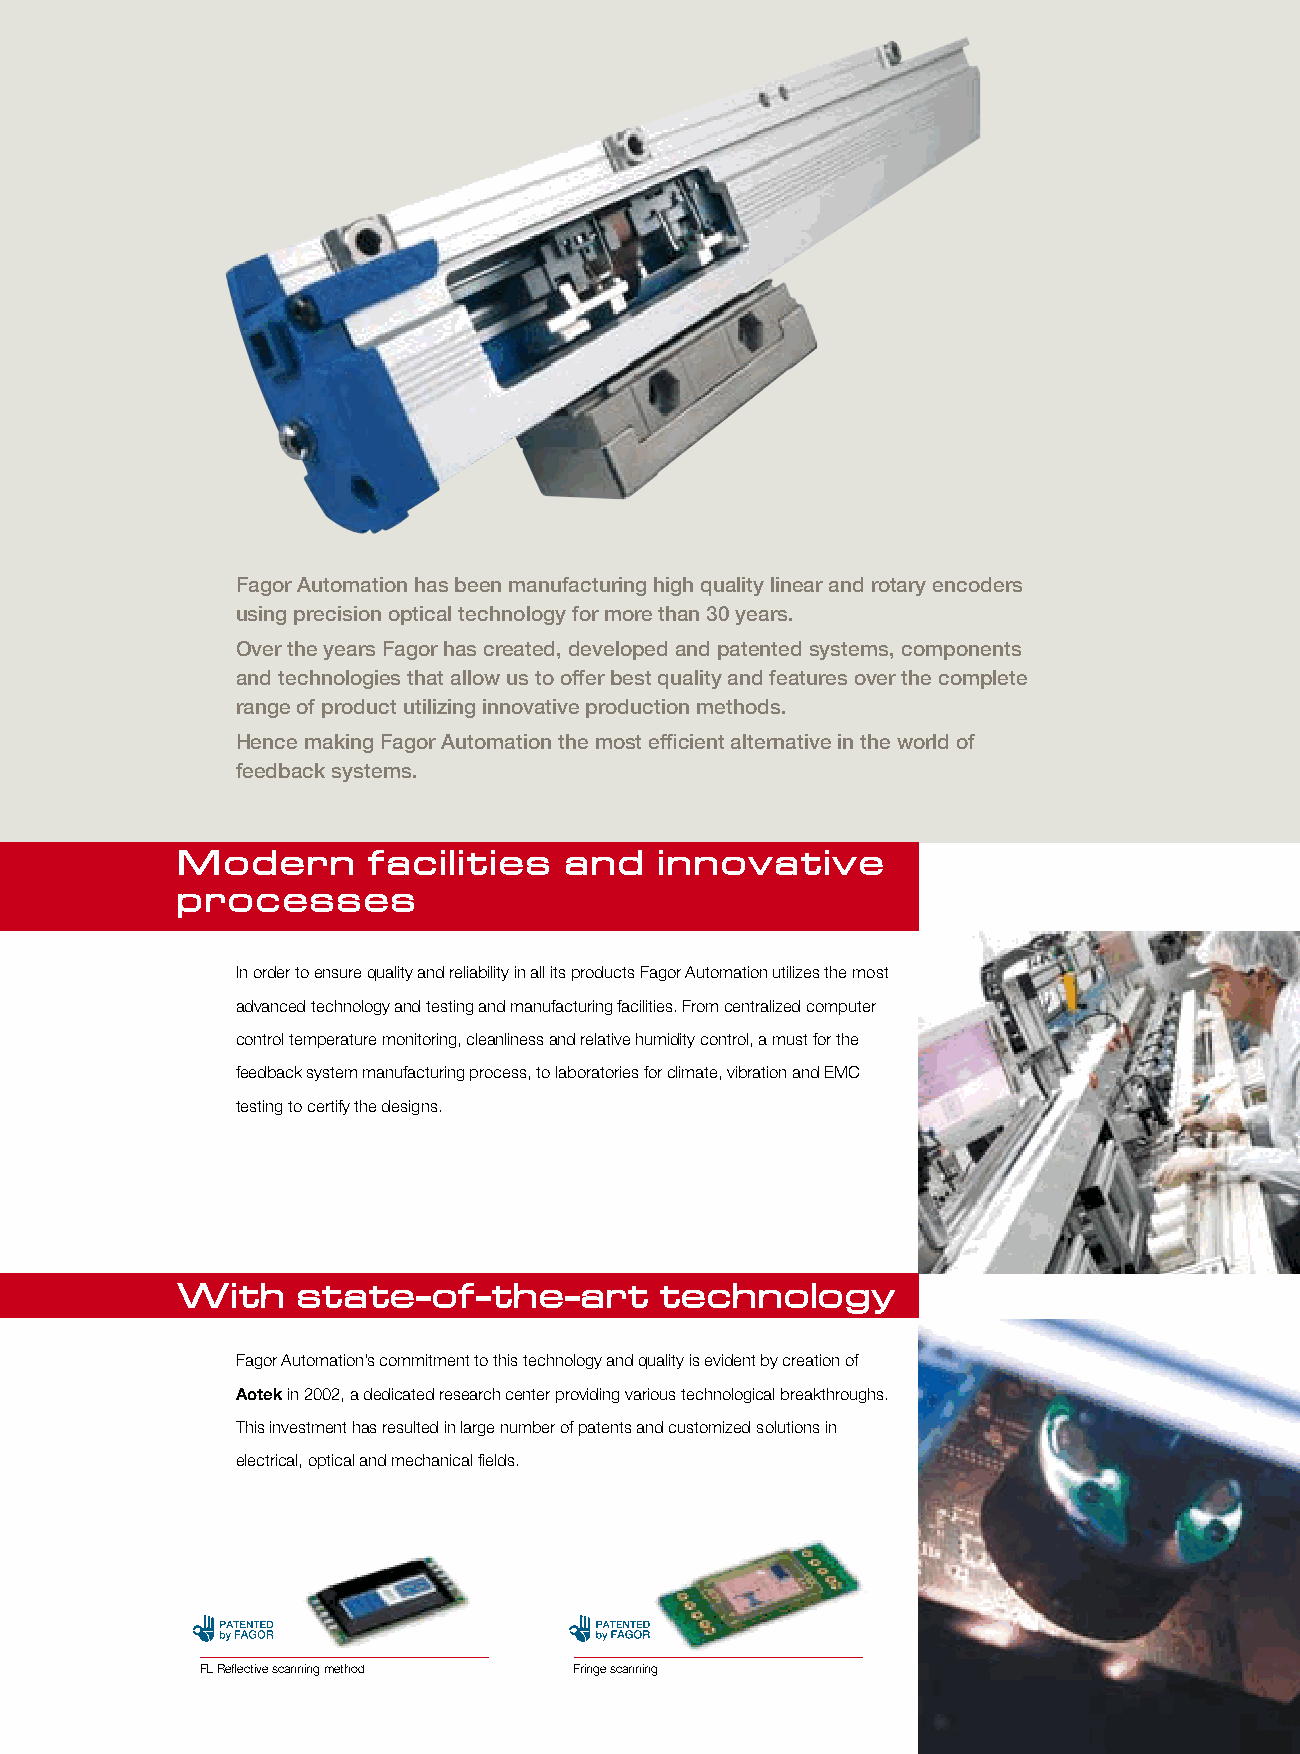
Fagor Automation has been manufacturing high quality linear and rotary encoders
 using precision optical technology for more than 30 years.
 Over the years Fagor has created, developed and patented systems, components
 and technologies that allow us to offer best quality and features over the complete
 range of product utilizing innovative production methods.
 Hence making Fagor Automation the most efficient alternative in the world of
 feedback systems.
 Modern      facilities   and    innovative
 processes
 In order to ensure quality and reliability in all its products Fagor Automation utilizes the most
 advanced technology and testing and manufacturing facilities. From centralized computer
 control temperature monitoring, cleanliness and relative humidity control, a must for the
 feedback system manufacturing process, to laboratories for climate, vibration and EMC
 testing to certify the designs.
 With    state-of-the-art        technology
 Fagor Automation’s commitment to this technology and quality is evident by creation of
 Aotek in 2002, a dedicated research center providing various technological breakthroughs.
 This investment has resulted in large number of patents and customized solutions in
 electrical, optical and mechanical fields.
 FL Reflective scanning method Fringe scanning